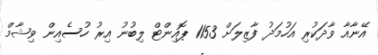
އޭނާއާ ވާދަކުރި އަހުމަދު ފާޒިލަށް 1153 ޕޮއިންޓް ލިބުނު އިރު ހުސެއިން ވިޝާމް